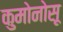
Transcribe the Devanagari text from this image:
कुमोनोसू